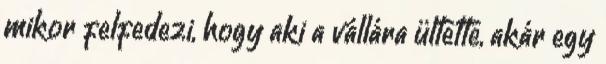
mikor felfedezi, hogy aki a vállára ültette, akár egy